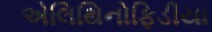
એલિથિનોફિડીયા